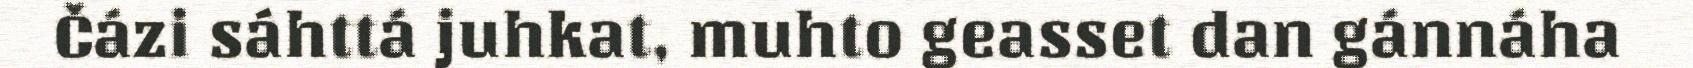
Čázi sáhttá juhkat, muhto geasset dan gánnáha